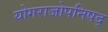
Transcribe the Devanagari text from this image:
योगराजोपनिषद्